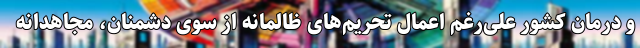
و درمان کشور علی‌رغم اعمال تحریم‌های ظالمانه از سوی دشمنان، مجاهدانه